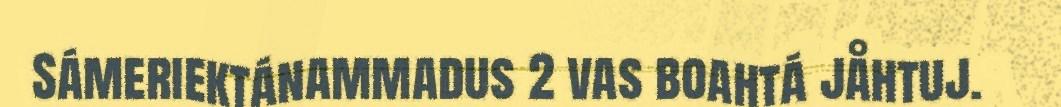
Sámeriektánammadus 2 vas boahtá jåhtuj.